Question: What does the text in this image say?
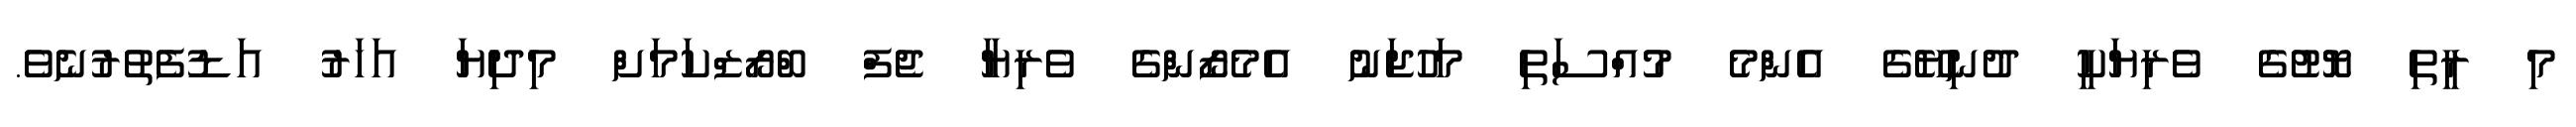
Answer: މި ރީތި ޔޮޓުގެ ވެރިޔަކީ ދުނިޔޭގެ އެންމެ މުއްސަތި މަހުޖަނު އެމެޒޯންގެ ވެރިޔާ ޖެފް ބްރޯޒްކަމަށް މިދިޔަ އަހަރު އަޑުފެތުރުނެވެ.